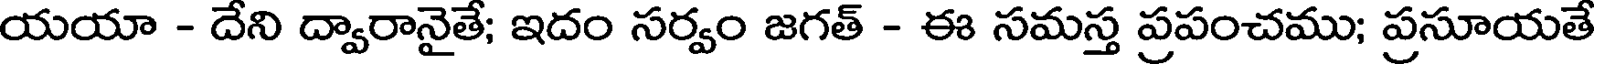
యయా - దేని ద్వారానైతే; ఇదం సర్వం జగత్ - ఈ సమస్త ప్రపంచము; ప్రసూయతే